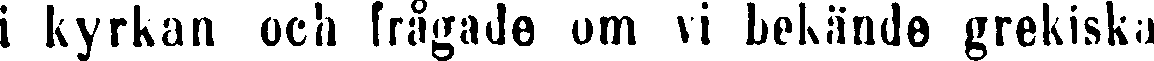
i kyrkan och frågade om vi bekände grekiska